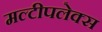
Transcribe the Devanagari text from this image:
मल्टीपलेक्स